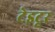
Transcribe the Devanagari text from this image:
टेइटूर